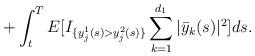
LaTeX: \begin{align*}+\int_t^TE [I_{\{ y_j^1(s)>y_j^2(s)\}}\sum_{k=1}^{d_1}|\bar y_k(s)|^2 ]ds.\end{align*}